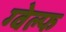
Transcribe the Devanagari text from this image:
ग्वेल्फ